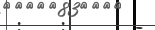
: .  :      -